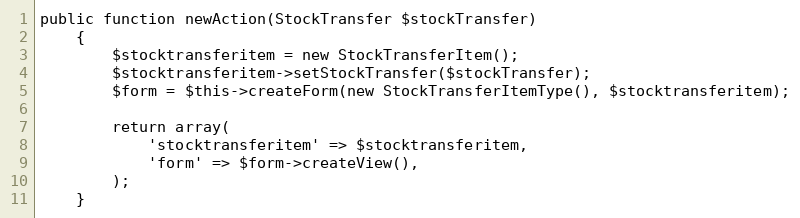
Language: PHP
public function newAction(StockTransfer $stockTransfer)
    {
        $stocktransferitem = new StockTransferItem();
        $stocktransferitem->setStockTransfer($stockTransfer);
        $form = $this->createForm(new StockTransferItemType(), $stocktransferitem);

        return array(
            'stocktransferitem' => $stocktransferitem,
            'form' => $form->createView(),
        );
    }